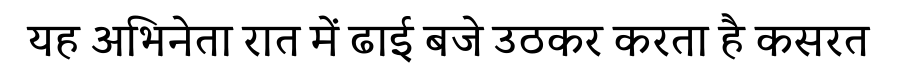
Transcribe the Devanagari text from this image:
यह अभिनेता रात में ढाई बजे उठकर करता है कसरत